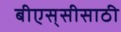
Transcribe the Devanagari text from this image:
बीएस्‌सीसाठी